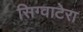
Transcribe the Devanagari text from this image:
सिग्वाटेरा